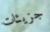
جزيئات